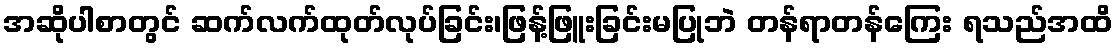
အဆိုပါစာတွင် ဆက်လက်ထုတ်လုပ်ခြင်း၊ဖြန့်ဖြူးခြင်းမပြုဘဲ တန်ရာတန်ကြေး ရသည်အထိ